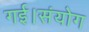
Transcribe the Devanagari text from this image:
गई।संयोग